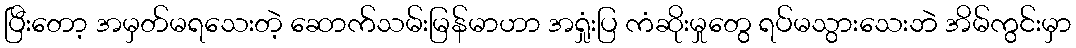
ပြီးတော့ အမှတ်မရသေးတဲ့ ဆောက်သမ်းမြန်မာဟာ အရှုံးပြ ကံဆိုးမှုတွေ ရပ်မသွားသေးဘဲ အိမ်ကွင်းမှာ